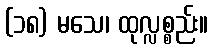
(၁၈) မသေ၊ ထုလ္လစ္စည်း။